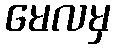
မေလမှ